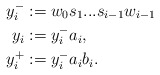
\begin{align*} y _{i} ^{-} &:= w _{0} s _{1} ... s _{i-1} w _{i-1} \\ y _{i} &:= y _{i} ^{-} a _{i}, \\ y ^{+} _{i} &:= y _{i} ^{-} a _{i} b _{i} .\end{align*}